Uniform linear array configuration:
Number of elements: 64
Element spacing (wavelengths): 1
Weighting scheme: kaiser
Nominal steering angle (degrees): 45
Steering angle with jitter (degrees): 44.342
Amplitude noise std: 0.05
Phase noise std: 0.05

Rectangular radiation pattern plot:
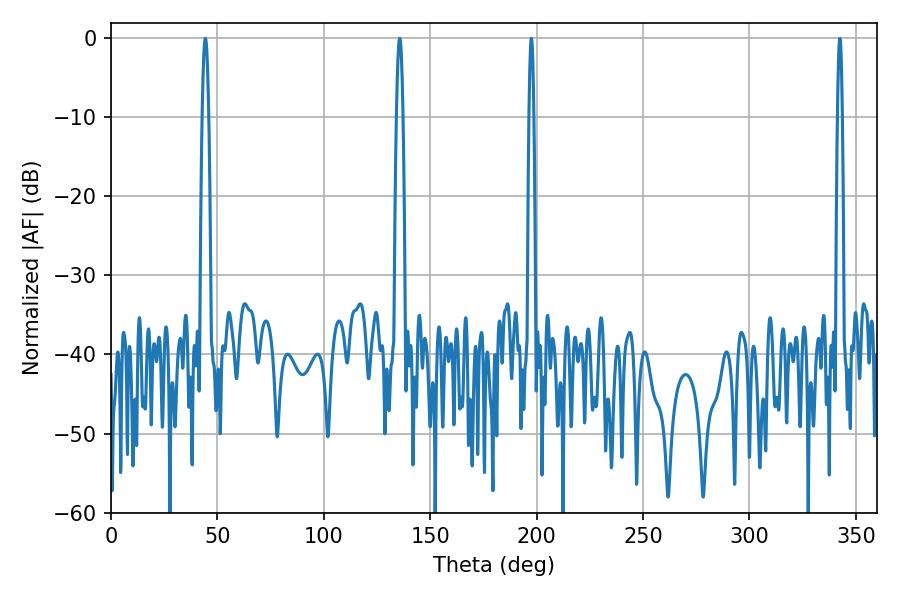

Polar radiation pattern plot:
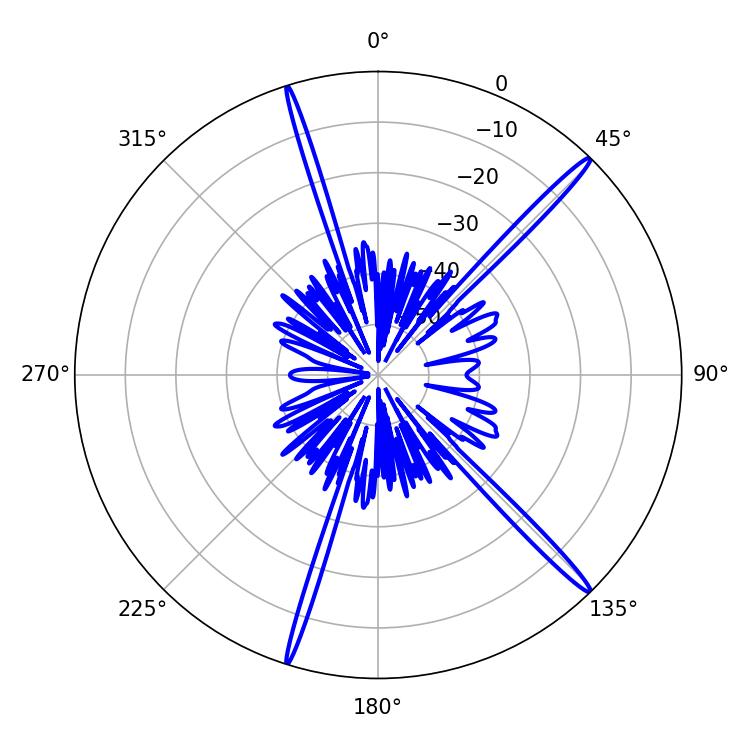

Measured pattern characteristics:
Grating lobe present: TRUE
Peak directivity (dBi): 18.08
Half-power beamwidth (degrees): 1.62
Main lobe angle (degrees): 44.28